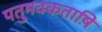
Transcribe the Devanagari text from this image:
पतुमक्कताष़ि